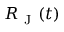
R _ { \mathrm { ~ J ~ } } ( t )